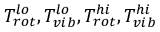
T _ { r o t } ^ { l o } , T _ { v i b } ^ { l o } , T _ { r o t } ^ { h i } , T _ { v i b } ^ { h i }